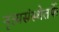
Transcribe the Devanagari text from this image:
नृत्यसंस्थेतर्फे